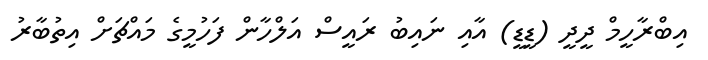
އިބްރާހީމް ދީދީ (ޑީޑީ) އާއި ނައިބު ރައީސް އަލްހާން ފަހުމީގެ މައްޗަށް އިތުބާރު